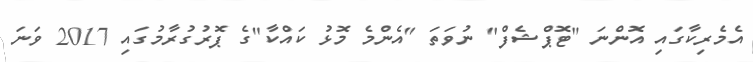
އެމެރިކާގައި އޮންނަ "ޓޮޕްޝެފް" ނުވަތަ "އެންމެ މޮޅު ކައްކާ"ގެ ޕޮރުގުރާމުގައި 2017 ވަނަ